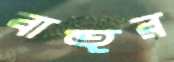
বাহুর